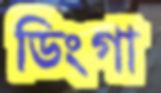
ডিংগা